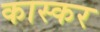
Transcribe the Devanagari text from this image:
कास्कर